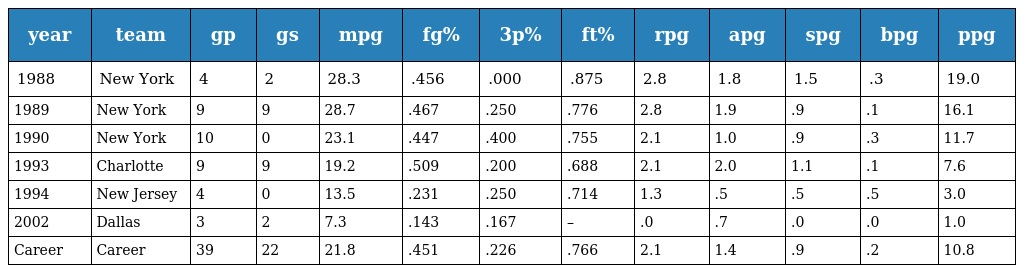
| year | team | gp | gs | mpg | fg% | 3p% | ft% | rpg | apg | spg | bpg | ppg |
 | --- | --- | --- | --- | --- | --- | --- | --- | --- | --- | --- | --- | --- |
 | 1988 | New York | 4 | 2 | 28.3 | .456 | .000 | .875 | 2.8 | 1.8 | 1.5 | .3 | 19.0 |
 | 1989 | New York | 9 | 9 | 28.7 | .467 | .250 | .776 | 2.8 | 1.9 | .9 | .1 | 16.1 |
 | 1990 | New York | 10 | 0 | 23.1 | .447 | .400 | .755 | 2.1 | 1.0 | .9 | .3 | 11.7 |
 | 1993 | Charlotte | 9 | 9 | 19.2 | .509 | .200 | .688 | 2.1 | 2.0 | 1.1 | .1 | 7.6 |
 | 1994 | New Jersey | 4 | 0 | 13.5 | .231 | .250 | .714 | 1.3 | .5 | .5 | .5 | 3.0 |
 | 2002 | Dallas | 3 | 2 | 7.3 | .143 | .167 | – | .0 | .7 | .0 | .0 | 1.0 |
 | Career | Career | 39 | 22 | 21.8 | .451 | .226 | .766 | 2.1 | 1.4 | .9 | .2 | 10.8 |